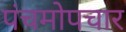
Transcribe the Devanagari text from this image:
पंचमोपचार